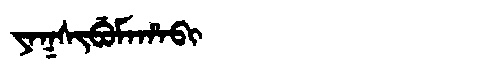
Manchu: ᠶᠠᡴᠰᡳᠪᡠᠮᠠᡥᠠᠪᡳ
Romanization: YAKSIBUMAHABI